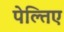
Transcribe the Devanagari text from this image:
पेल्तिए